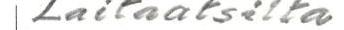
Laitaatsilta